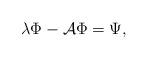
LaTeX: \begin{align*}\lambda\Phi -{\cal A}\Phi = \Psi,\end{align*}